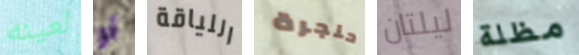
لعينه أو اللياقة حنجرة ليلتان مظلة